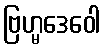
ဗြဟ္မဒေဝေါ